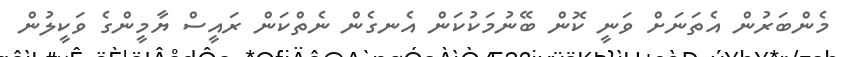
މެންބަރުން އެތަނަށް ވަނީ ކޮން ބޭނުމަކުކަން އެނގެން ނެތްކަން ރައީސް ޔާމީންގެ ވަކީލުން